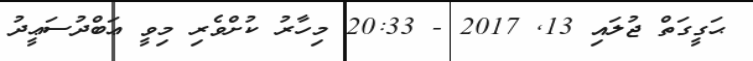
ޙަގީގަތް ޖުލައި 13